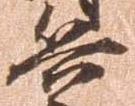
兵